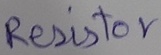
Text: Resistor